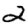
Digit: 2